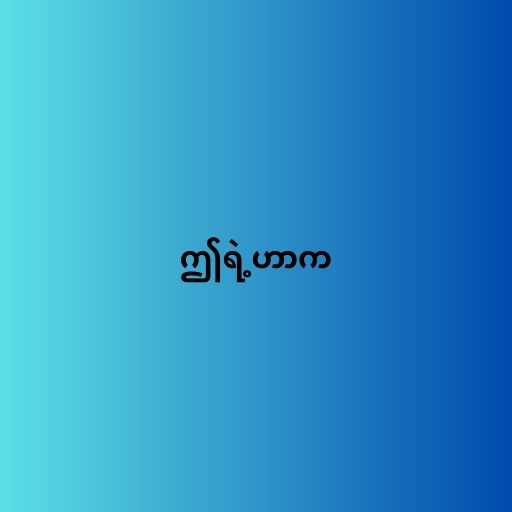
ဤရဲ့ဟာက